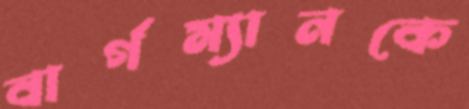
বার্গম্যানকে